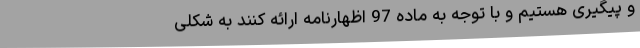
و پیگیری هستیم و با توجه به ماده 97 اظهارنامه ارائه کنند به شکلی